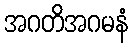
အဂတိအဂမနံ